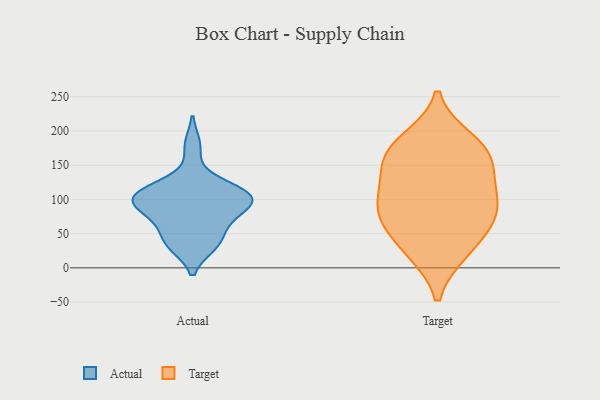
{"axis": {"x": "Satisfaction Score", "y": "Value"}, "legend": ["Actual", "Target"], "data": [{"x": "", "y": 96, "type": "Actual"}, {"x": "", "y": 33, "type": "Actual"}, {"x": "", "y": 33, "type": "Actual"}, {"x": "", "y": 92, "type": "Actual"}, {"x": "", "y": 110, "type": "Actual"}, {"x": "", "y": 103, "type": "Actual"}, {"x": "", "y": 63, "type": "Actual"}, {"x": "", "y": 87, "type": "Actual"}, {"x": "", "y": 121, "type": "Actual"}, {"x": "", "y": 108, "type": "Actual"}, {"x": "", "y": 178, "type": "Actual"}, {"x": "", "y": 78, "type": "Actual"}, {"x": "", "y": 44, "type": "Actual"}, {"x": "", "y": 110, "type": "Actual"}, {"x": "", "y": 164, "type": "Target"}, {"x": "", "y": 160, "type": "Target"}, {"x": "", "y": 74, "type": "Target"}, {"x": "", "y": 69, "type": "Target"}, {"x": "", "y": 95, "type": "Target"}, {"x": "", "y": 105, "type": "Target"}, {"x": "", "y": 24, "type": "Target"}, {"x": "", "y": 178, "type": "Target"}, {"x": "", "y": 66, "type": "Target"}, {"x": "", "y": 144, "type": "Target"}, {"x": "", "y": 23, "type": "Target"}, {"x": "", "y": 114, "type": "Target"}, {"x": "", "y": 187, "type": "Target"}]}